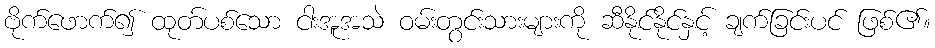
ဗိုက်ဖောက်၍ ထုတ်ပစ်သော ငါးအူအသဲ ဝမ်းတွင်းသားများကို ဆီနိုင်နိုင်နှင့် ချက်ခြင်းပင် ဖြစ်၏။